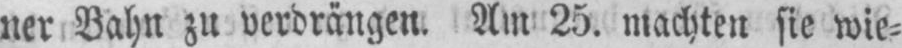
ner Bahn zu verdrängen. Am 25. machten sie wie⸗